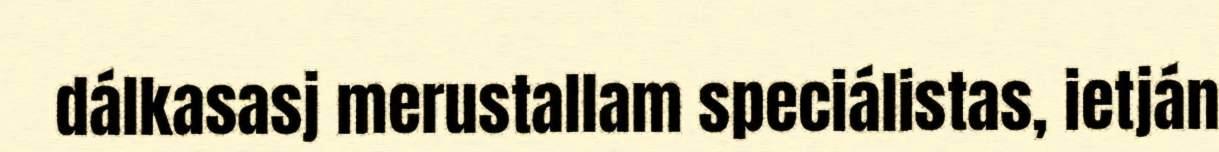
dálkasasj merustallam speciálistas, ietján